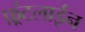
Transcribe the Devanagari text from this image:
फ़्रंटलाईन